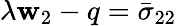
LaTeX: \lambda\mathbf{w}_{2}-q=\bar{{\sigma}}_{22}